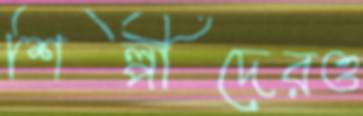
শিল্পীদেরও